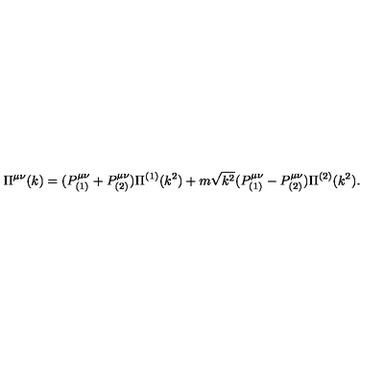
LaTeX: \Pi ^ { \mu \nu } ( k ) = ( P _ { ( 1 ) } ^ { \mu \nu } + P _ { ( 2 ) } ^ { \mu \nu } ) \Pi ^ { ( 1 ) } ( k ^ { 2 } ) + m \sqrt { k ^ { 2 } } ( P _ { ( 1 ) } ^ { \mu \nu } - P _ { ( 2 ) } ^ { \mu \nu } ) \Pi ^ { ( 2 ) } ( k ^ { 2 } ) .